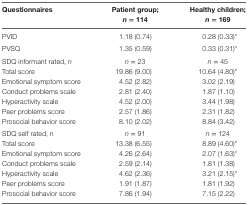
| Questionnaires | Patient group; n = 114 | Healthy children; n = 169 |
 | --- | --- | --- |
 | PVID | 1.18 (0.74) | 0.28 (0.33)* |
 | PVSQ | 1.35 (0.59) | 0.33 (0.31)* |
 | SDQ informant rated, n | n = 23 | n = 45 |
 | Total score | 19.86 (9.00) | 10.64 (4.80)* |
 | Emotional symptom score | 4.52 (2.82) | 3.02 (2.19) |
 | Conduct problems scale | 2.81 (2.40) | 1.87 (1.10) |
 | Hyperactivity scale | 4.52 (2.00) | 3.44 (1.98) |
 | Peer problems score | 2.57 (1.86) | 2.31 (1.82) |
 | Prosocial behavior score | 8.10 (2.02) | 8.84 (3.42) |
 | SDQ self rated, n | n = 91 | n = 124 |
 | Total score | 13.38 (6.55) | 8.89 (4.60)* |
 | Emotional symptom score | 4.26 (2.64) | 2.07 (1.63)* |
 | Conduct problems scale | 2.59 (2.14) | 1.81 (1.38) |
 | Hyperactivity scale | 4.62 (2.36) | 3.21 (2.15)* |
 | Peer problems score | 1.91 (1.87) | 1.81 (1.92) |
 | Prosocial behavior score | 7.86 (1.94) | 7.15 (2.22) |